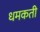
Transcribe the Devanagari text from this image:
धमकती